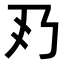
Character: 𠂐